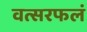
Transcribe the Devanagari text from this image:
वत्सरफलं